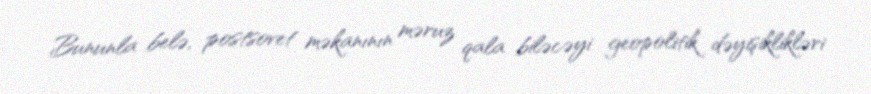
Bununla belə, postsovet məkanının məruz qala biləcəyi geopolitik dəyişiklikləri